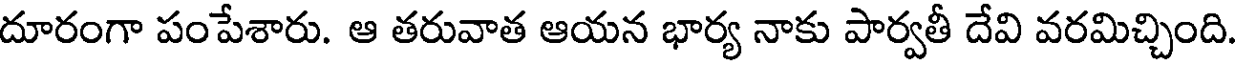
దూరంగా పంపేశారు. ఆ తరువాత ఆయన భార్య నాకు పార్వతీ దేవి వరమిచ్చింది.